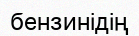
бензинідің